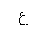
Letter: _ayn